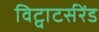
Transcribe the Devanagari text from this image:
विट्वाटर्सरेंड